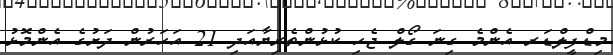
މިޑްފީލްޑަރ އެންމެ ގިނަ ގޯލް ޖެހި ކުޅުންތެރިޔާއަދި 21 އަހަރުން ދަށުގެ އެންމޮޅު